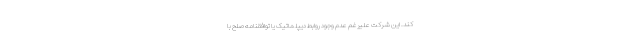
کند. این شرکت علیرغم عدم وجود روابط دیپلماتیک یا توافقنامه صلح با